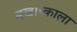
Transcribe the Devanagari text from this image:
मखाच्काला